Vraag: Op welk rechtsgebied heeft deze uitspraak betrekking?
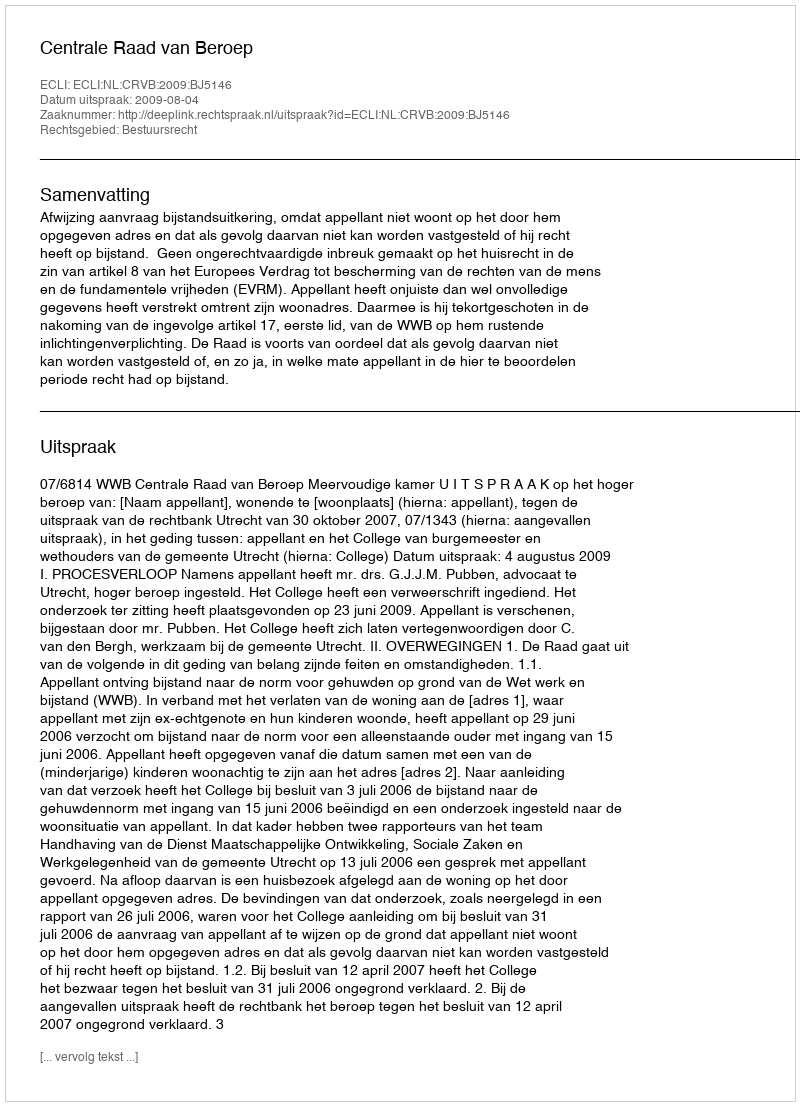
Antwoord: Bestuursrecht